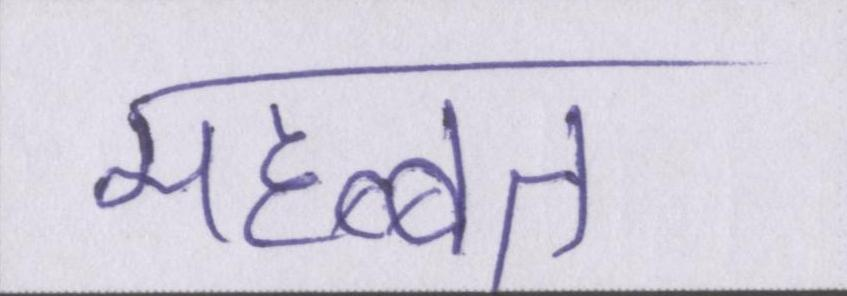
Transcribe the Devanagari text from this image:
महब्बत